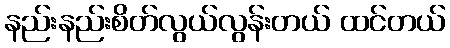
နည်းနည်းစိတ်လွယ်လွန်းတယ် ထင်တယ်